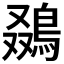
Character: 𬷒